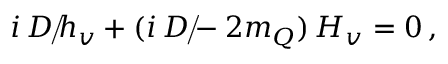
i \, \rlap { \, / } D \, h _ { v } + ( i \, \rlap { \, / } D - 2 m _ { Q } ) \, H _ { v } = 0 \, ,